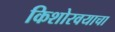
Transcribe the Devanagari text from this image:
किशोरवयाचा